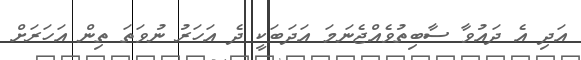
އަދި އެ ދައުވާ ސާބިތުވެއްޖެނަމަ އަދަބަކީ ދެ އަހަރު ނުވަތަ ތިން އަހަރަށް